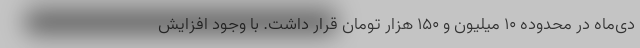
دی‌ماه‌ در محدوده ۱۰ میلیون و ۱۵۰ هزار تومان قرار داشت. با وجود افزایش